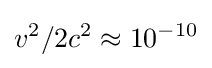
{v^{2}}/{2c^{2}}\approx 10^{-10}